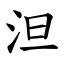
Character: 泹